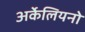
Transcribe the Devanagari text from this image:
अर्केलियनो